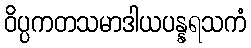
ဝိပ္ပကတသမာဒါယပန္နရသကံ